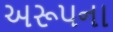
અરૂપના